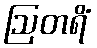
ဩတရိံ